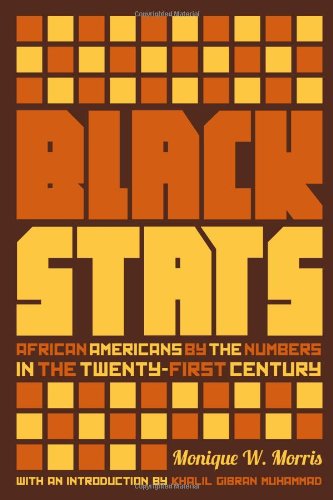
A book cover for Black Stats: African Americans by the Numbers in the Twenty-first Century; Monique W. Morris; Politics & Social Sciences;